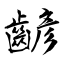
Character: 齴